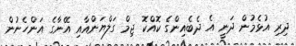
ދިރި އުޅެމުން ދަނީ އެ ދެބެއިންގެ ކޮއްކޮ ޖިމް ގަލްޔަންއާއި އޭނާގެ އަންހެނުން